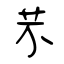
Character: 芣